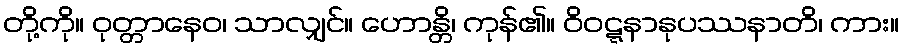
တို့ကို။ ဝုတ္တာနေဝ၊ သာလျှင်။ ဟောန္တိ၊ ကုန်၏။ ဝိဝဋ္ဋနာနုပဿနာတိ၊ ကား။